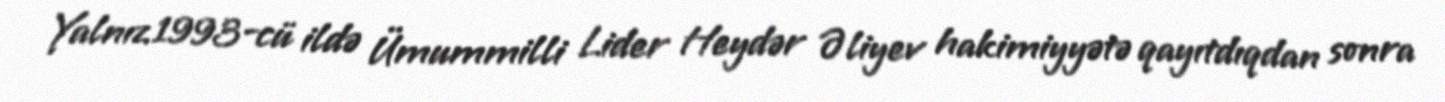
Yalnız 1993-cü ildə Ümummilli Lider Heydər Əliyev hakimiyyətə qayıtdıqdan sonra